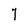
Character: 7